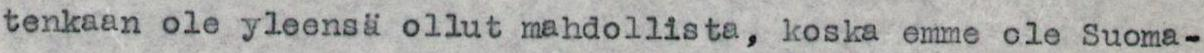
tenkaan ole yleensä ollut mahdollista, koska emme ole Suoma-